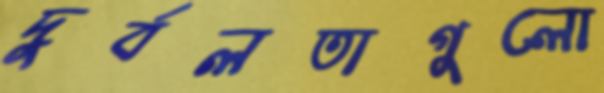
দুর্বলতাগুলো